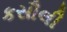
કસૌલી